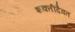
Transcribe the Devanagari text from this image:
शक्तीदैवत